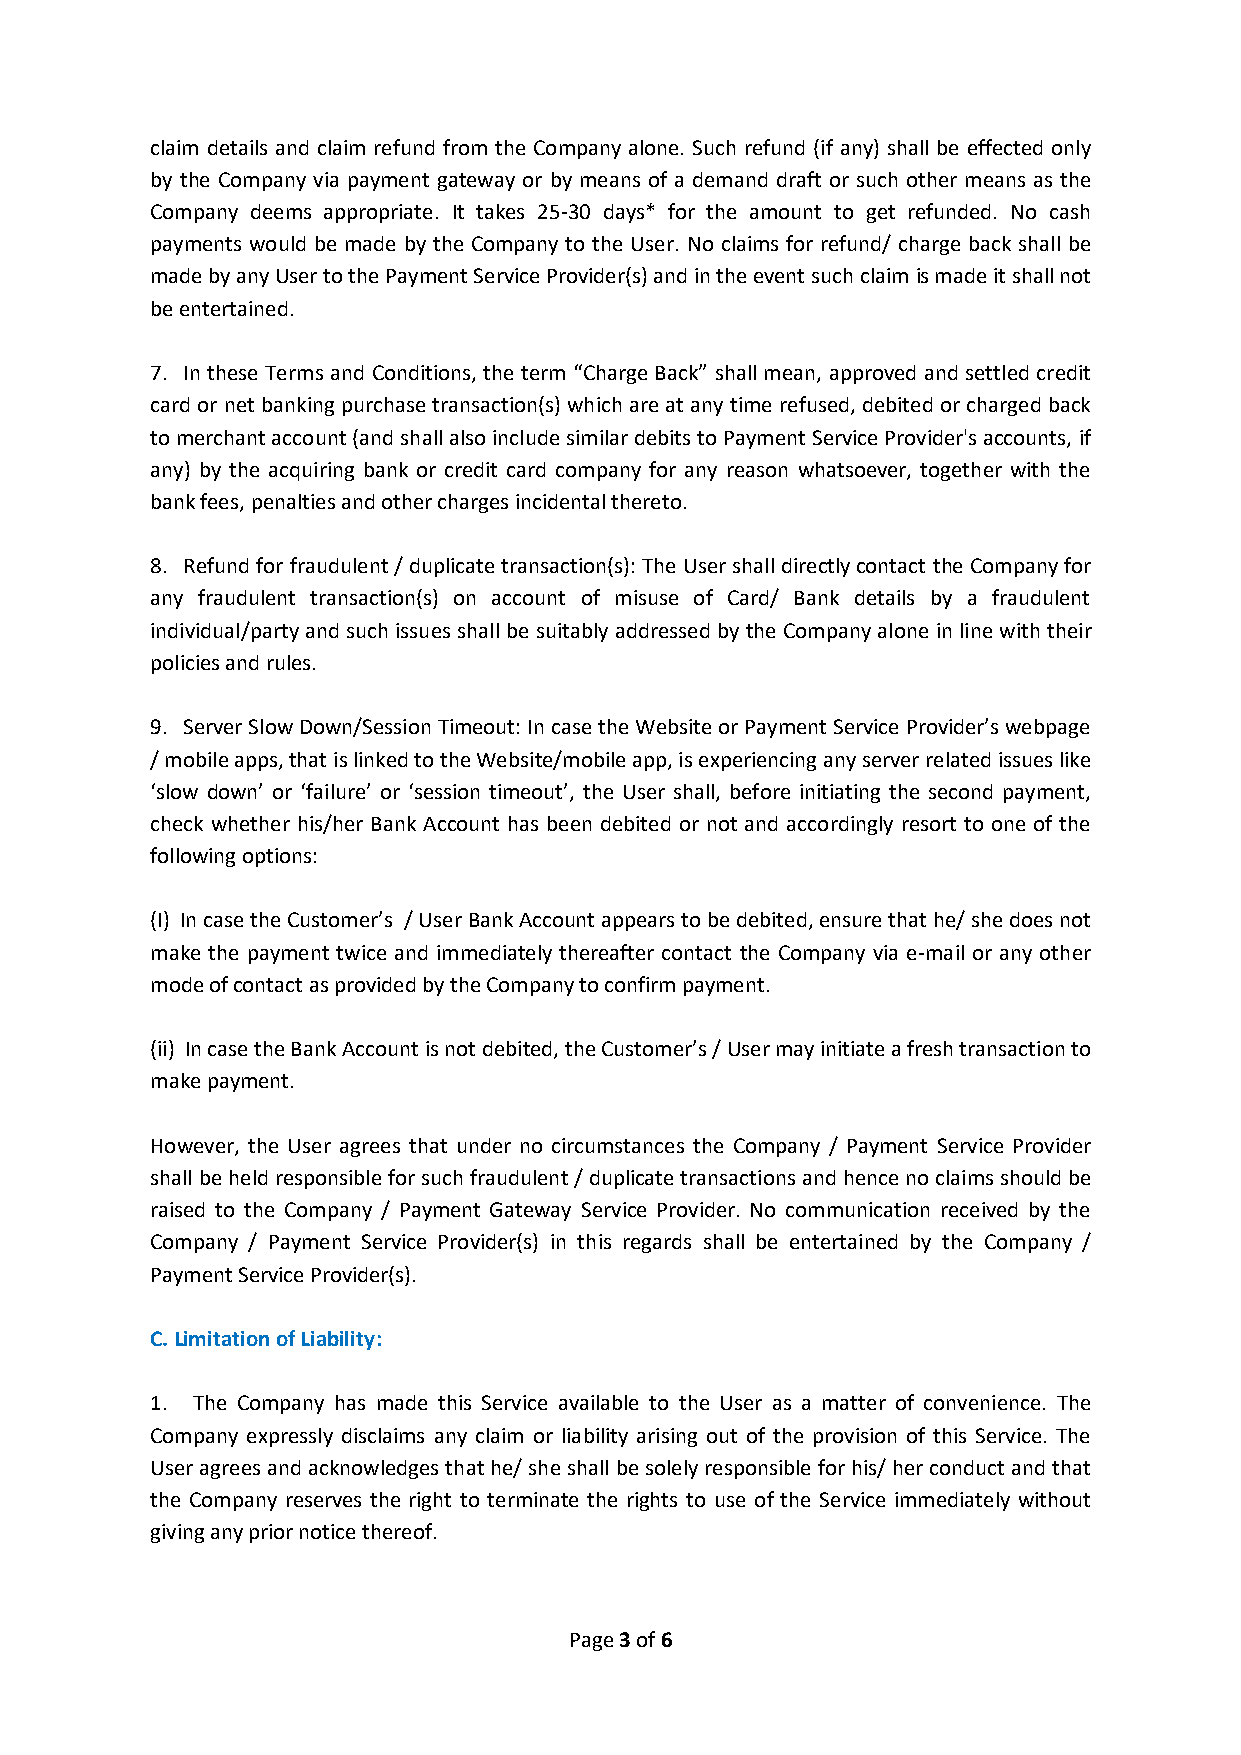
claim details and claim refund from the Company alone. Such refund (if any) shall be effected only
 by the Company via payment gateway or by means of a demand draft or such other means as the
 Company deems appropriate. It takes 25-30 days* for the amount to get refunded. No cash
 payments would be made by the Company to the User. No claims for refund/ charge back shall be
 made by any User to the Payment Service Provider(s) and in the event such claim is made it shall not
 be entertained.
 7. In these Terms and Conditions, the term “Charge Back” shall mean, approved and settled credit
 card or net banking purchase transaction(s) which are at any time refused, debited or charged back
 to merchant account (and shall also include similar debits to Payment Service Provider's accounts, if
 any) by the acquiring bank or credit card company for any reason whatsoever, together with the
 bank fees, penalties and other charges incidental thereto.
 8. Refund for fraudulent / duplicate transaction(s): The User shall directly contact the Company for
 any fraudulent transaction(s) on account of misuse of Card/ Bank details by a fraudulent
 individual/party and such issues shall be suitably addressed by the Company alone in line with their
 policies and rules.
 9. Server Slow Down/Session Timeout: In case the Website or Payment Service Provider’s webpage
 / mobile apps, that is linked to the Website/mobile app, is experiencing any server related issues like
 ‘slow down’ or ‘failure’ or ‘session timeout’, the User shall, before initiating the second payment,
 check whether his/her Bank Account has been debited or not and accordingly resort to one of the
 following options:
 (I) In case the Customer’s / User Bank Account appears to be debited, ensure that he/ she does not
 make the payment twice and immediately thereafter contact the Company via e-mail or any other
 mode of contact as provided by the Company to confirm payment.
 (ii) In case the Bank Account is not debited, the Customer’s / User may initiate a fresh transaction to
 make payment.
 However, the User agrees that under no circumstances the Company / Payment Service Provider
 shall be held responsible for such fraudulent / duplicate transactions and hence no claims should be
 raised to the Company / Payment Gateway Service Provider. No communication received by the
 Company / Payment Service Provider(s) in this regards shall be entertained by the Company /
 Payment Service Provider(s).
 C. Limitation of Liability:
 1. The Company has made this Service available to the User as a matter of convenience. The
 Company expressly disclaims any claim or liability arising out of the provision of this Service. The
 User agrees and acknowledges that he/ she shall be solely responsible for his/ her conduct and that
 the Company reserves the right to terminate the rights to use of the Service immediately without
 giving any prior notice thereof.
 Page 3 of 6